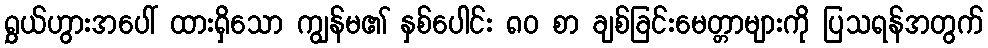
ရွှယ်ဟွားအပေါ် ထားရှိသော ကျွန်မ၏ နှစ်ပေါင်း ၈၀ စာ ချစ်ခြင်းမေတ္တာများကို ပြသရန်အတွက်